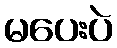
မပေးပဲ